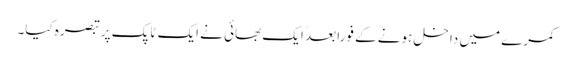
کمرے میں داخل ہونے کے فورا بعدً ایک بھائی نے ایک ٹاپک پر تبصرہ کیا۔